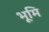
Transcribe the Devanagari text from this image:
भूमि